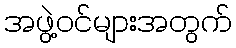
အဖွဲ့ဝင်များအတွက်